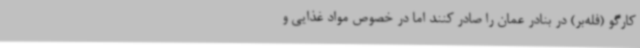
کارگو (فله‌بر) در بنادر عمان را صادر کنند اما در خصوص مواد غذایی و